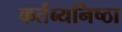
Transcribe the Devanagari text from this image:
कर्तब्यनिष्ठा